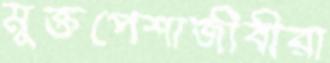
মুক্তপেশাজীবীরা